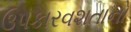
ઉપકારવશતાનો